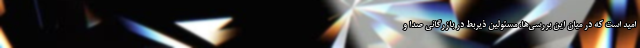
امید است که در میانِ این بررسی‌ها، مسئولین ذیربط در بازرگانی صدا و